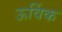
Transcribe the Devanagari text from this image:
ऊर्विक